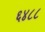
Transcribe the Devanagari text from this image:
६४८८